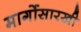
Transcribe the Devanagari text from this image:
मार्गोसारखी